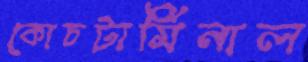
কোচটার্মিনাল